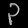
Digit: ၃